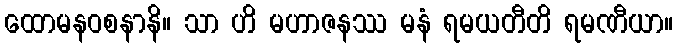
ထောမနဝစနာနိ။ သာ ဟိ မဟာဇနဿ မနံ ရမယတီတိ ရမဏီယာ။